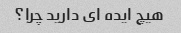
هیچ ایده ای دارید چرا؟